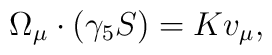
\Omega_{\mu}\cdot(\gamma_5 S) = K v_{\mu}  ,